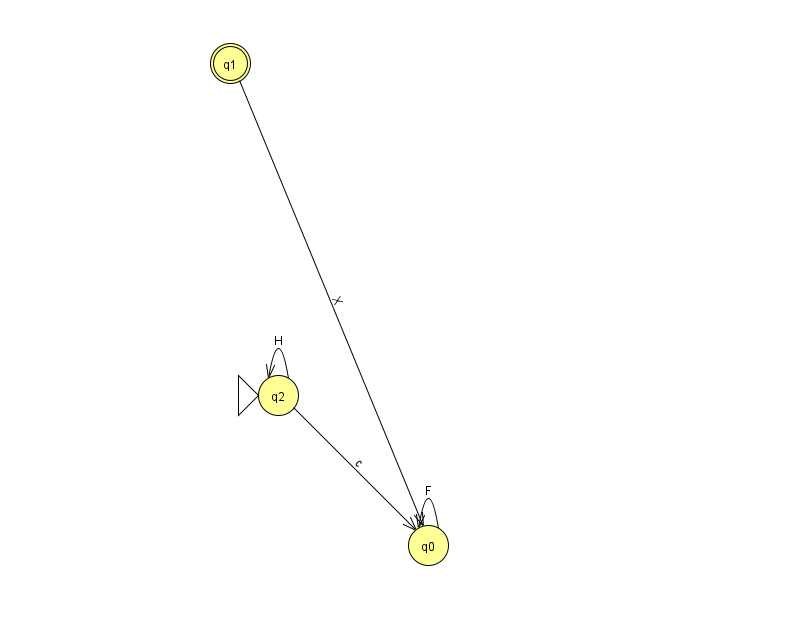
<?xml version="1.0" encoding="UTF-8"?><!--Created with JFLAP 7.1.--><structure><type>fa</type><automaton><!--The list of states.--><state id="0" name="q0"><x>428.0</x><y>532.0</y></state><state id="1" name="q1"><x>230.0</x><y>50.0</y><final/></state><state id="2" name="q2"><x>278.0</x><y>382.0</y><initial/></state><!--The list of transitions.--><transition><from>2</from><to>0</to><read>c</read></transition><transition><from>0</from><to>0</to><read>F</read></transition><transition><from>2</from><to>2</to><read>H</read></transition><transition><from>1</from><to>0</to><read>X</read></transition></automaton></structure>